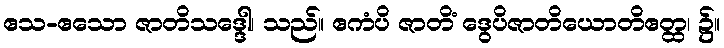
ဧသ-ဧသော ဇာတိသဒ္ဒေါ၊ သည်။ ဧကံပိ ဇာတိံ ဒွေပိဇာတိယောတိဧတ္ထ၊ ၌။